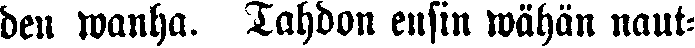
den wanha. Tahdon ensin wähän naut-